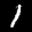
Label: 1